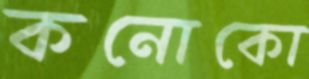
কনোকো